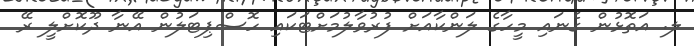
ލ. އަތޮޅުން ގެނައި މީހާގެ ލަންކާއަށް ފުރުވާލުމަށްޓަކައި ހޮސްޕިޓަލުން އޭނާ ދޫކޮށްލީ ރޭ